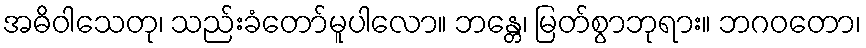
အဓိဝါသေတု၊ သည်းခံတော်မူပါလော။ ဘန္တေ၊ မြတ်စွာဘုရား။ ဘဂဝတော၊